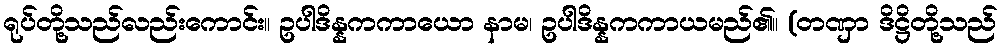
ရုပ်တို့သည်လည်းကောင်း။ ဥပါဒိန္နကကာယော နာမ၊ ဥပါဒိန္နကကာယမည်၏။ (တဏှာ ဒိဋ္ဌိတို့သည်